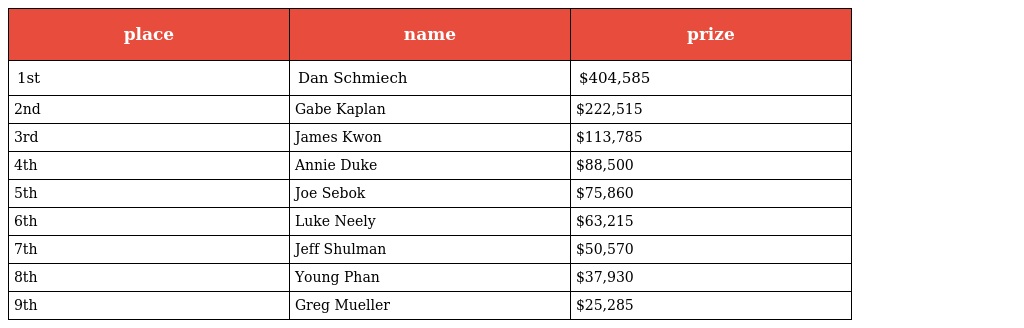
| place | name | prize |
 | --- | --- | --- |
 | 1st | Dan Schmiech | $404,585 |
 | 2nd | Gabe Kaplan | $222,515 |
 | 3rd | James Kwon | $113,785 |
 | 4th | Annie Duke | $88,500 |
 | 5th | Joe Sebok | $75,860 |
 | 6th | Luke Neely | $63,215 |
 | 7th | Jeff Shulman | $50,570 |
 | 8th | Young Phan | $37,930 |
 | 9th | Greg Mueller | $25,285 |